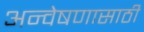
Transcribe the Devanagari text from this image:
अन्वेषणासाठी